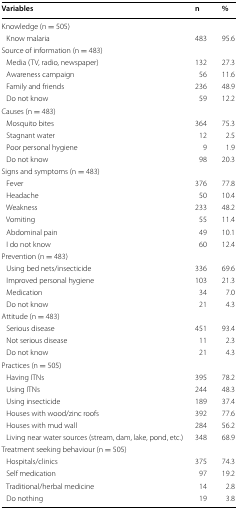
| Variables | n | % |
 | --- | --- | --- |
 | <COLSPAN=3> Knowledge (n = 505) |
 | Know malaria | 483 | 95.6 |
 | <COLSPAN=3> Source of information (n = 483) |
 | Media (TV, radio, newspaper) | 132 | 27.3 |
 | Awareness campaign | 56 | 11.6 |
 | Family and friends | 236 | 48.9 |
 | Do not know | 59 | 12.2 |
 | <COLSPAN=3> Causes (n = 483) |
 | Mosquito bites | 364 | 75.3 |
 | Stagnant water | 12 | 2.5 |
 | Poor personal hygiene | 9 | 1.9 |
 | Do not know | 98 | 20.3 |
 | <COLSPAN=3> Signs and symptoms (n = 483) |
 | Fever | 376 | 77.8 |
 | Headache | 50 | 10.4 |
 | Weakness | 233 | 48.2 |
 | Vomiting | 55 | 11.4 |
 | Abdominal pain | 49 | 10.1 |
 | I do not know | 60 | 12.4 |
 | <COLSPAN=3> Prevention (n = 483) |
 | Using bed nets/insecticide | 336 | 69.6 |
 | Improved personal hygiene | 103 | 21.3 |
 | Medication | 34 | 7.0 |
 | Do not know | 21 | 4.3 |
 | <COLSPAN=3> Attitude (n = 483) |
 | Serious disease | 451 | 93.4 |
 | Not serious disease | 11 | 2.3 |
 | Do not know | 21 | 4.3 |
 | <COLSPAN=3> Practices (n = 505) |
 | Having ITNs | 395 | 78.2 |
 | Using ITNs | 244 | 48.3 |
 | Using insecticide | 189 | 37.4 |
 | Houses with wood/zinc roofs | 392 | 77.6 |
 | Houses with mud wall | 284 | 56.2 |
 | Living near water sources (stream, dam, lake, pond, etc.) | 348 | 68.9 |
 | <COLSPAN=3> Treatment seeking behaviour (n = 505) |
 | Hospitals/clinics | 375 | 74.3 |
 | Self medication | 97 | 19.2 |
 | Traditional/herbal medicine | 14 | 2.8 |
 | Do nothing | 19 | 3.8 |